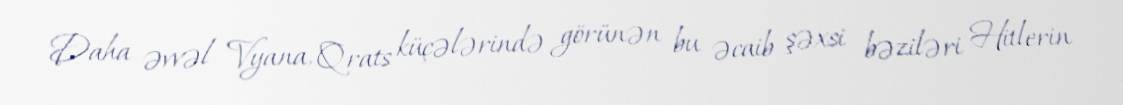
Daha əvvəl Vyana, Qrats küçələrində görünən bu əcaib şəxsi bəziləri Hitlerin